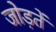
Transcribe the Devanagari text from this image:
जोड़तें